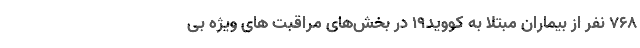
۷۶۸ نفر از بیماران مبتلا به کووید۱۹ در بخش‌های مراقبت های ویژه بی